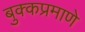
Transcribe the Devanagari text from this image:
बुक्कप्रमाणे